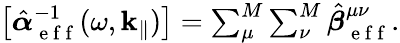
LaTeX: \begin{array}{r}{\left[\hat{\boldsymbol{\alpha}}_{\mathrm{~e~f~f~}}^{-1}(\omega,\mathbf{k}_{\| })\right]=\sum_{\mu}^{M}\sum_{\nu}^{M}\hat{\boldsymbol{{\beta}}}_{\mathrm{~e~f~f~}}^{\mu\nu}.}\end{array}